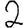
Digit: 2